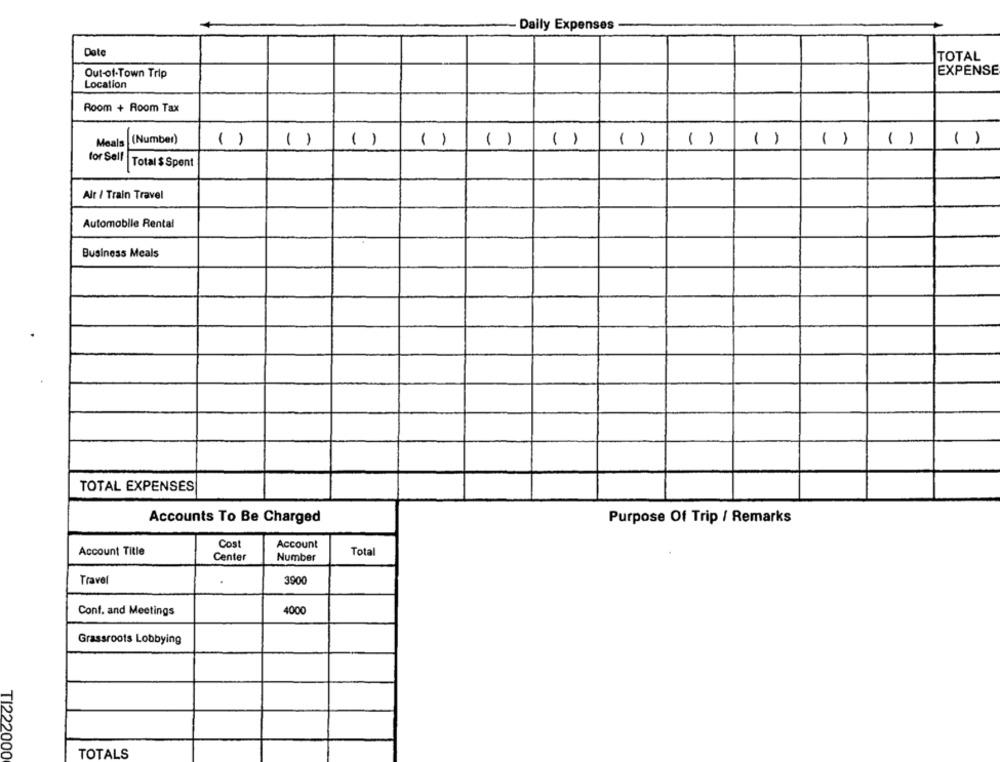
Daily Expenses
Date
TOTAL
Out-of-Town Trip
EXPENSE
Location
Room + Room Tax
Meals (Number)
( )
( )
( )
()
( )
()
( )
()
( )
( )
()
( )
for Self |Total $ Spent
Air / Train Travel
Automobile Rental
Business Meals
TOTAL EXPENSES
Accounts To Be Charged
Purpose Of Trip / Remarks
Cost
Account
Account Title
Center
Number
Total
Travel
3900
Conf. and Meetings
4000
Grassroots Lobbying
TI222000
TOTALS